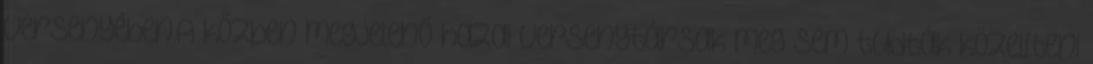
versenyében.A közben megjelenő hazai versenytársak meg sem tudták közelíteni